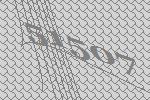
51507